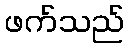
ဖက်သည်